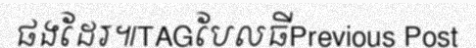
ផងដែរ៕TAGបែលធីPrevious Post